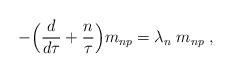
LaTeX: \begin{align*}-\Bigr({d\over d\tau}+{n\over \tau}\Bigr)m_{np}=\lambda_{n} \; m_{np} \; ,\end{align*}